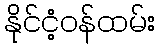
နိုင်ငံ့ဝန်ထမ်း